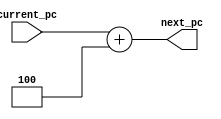
module PC_4_Adder(input [31:0] current_pc, 
                  output [31:0] next_pc
    );
    
    assign next_pc = current_pc + 4;
    
endmodule